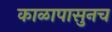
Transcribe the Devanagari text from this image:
काळापासुनच